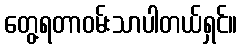
တွေ့ရတာဝမ်းသာပါတယ်ရှင်။